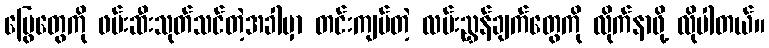
မြွေတွေကို ဖမ်းဆီးသုတ်သင်တဲ့အခါမှာ တင်းကျပ်တဲ့ လမ်းညွှန်ချက်တွေကို လိုက်နာဖို့ လိုပါတယ်။